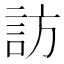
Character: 訪